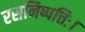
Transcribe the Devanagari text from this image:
रसनिष्पत्तिः।